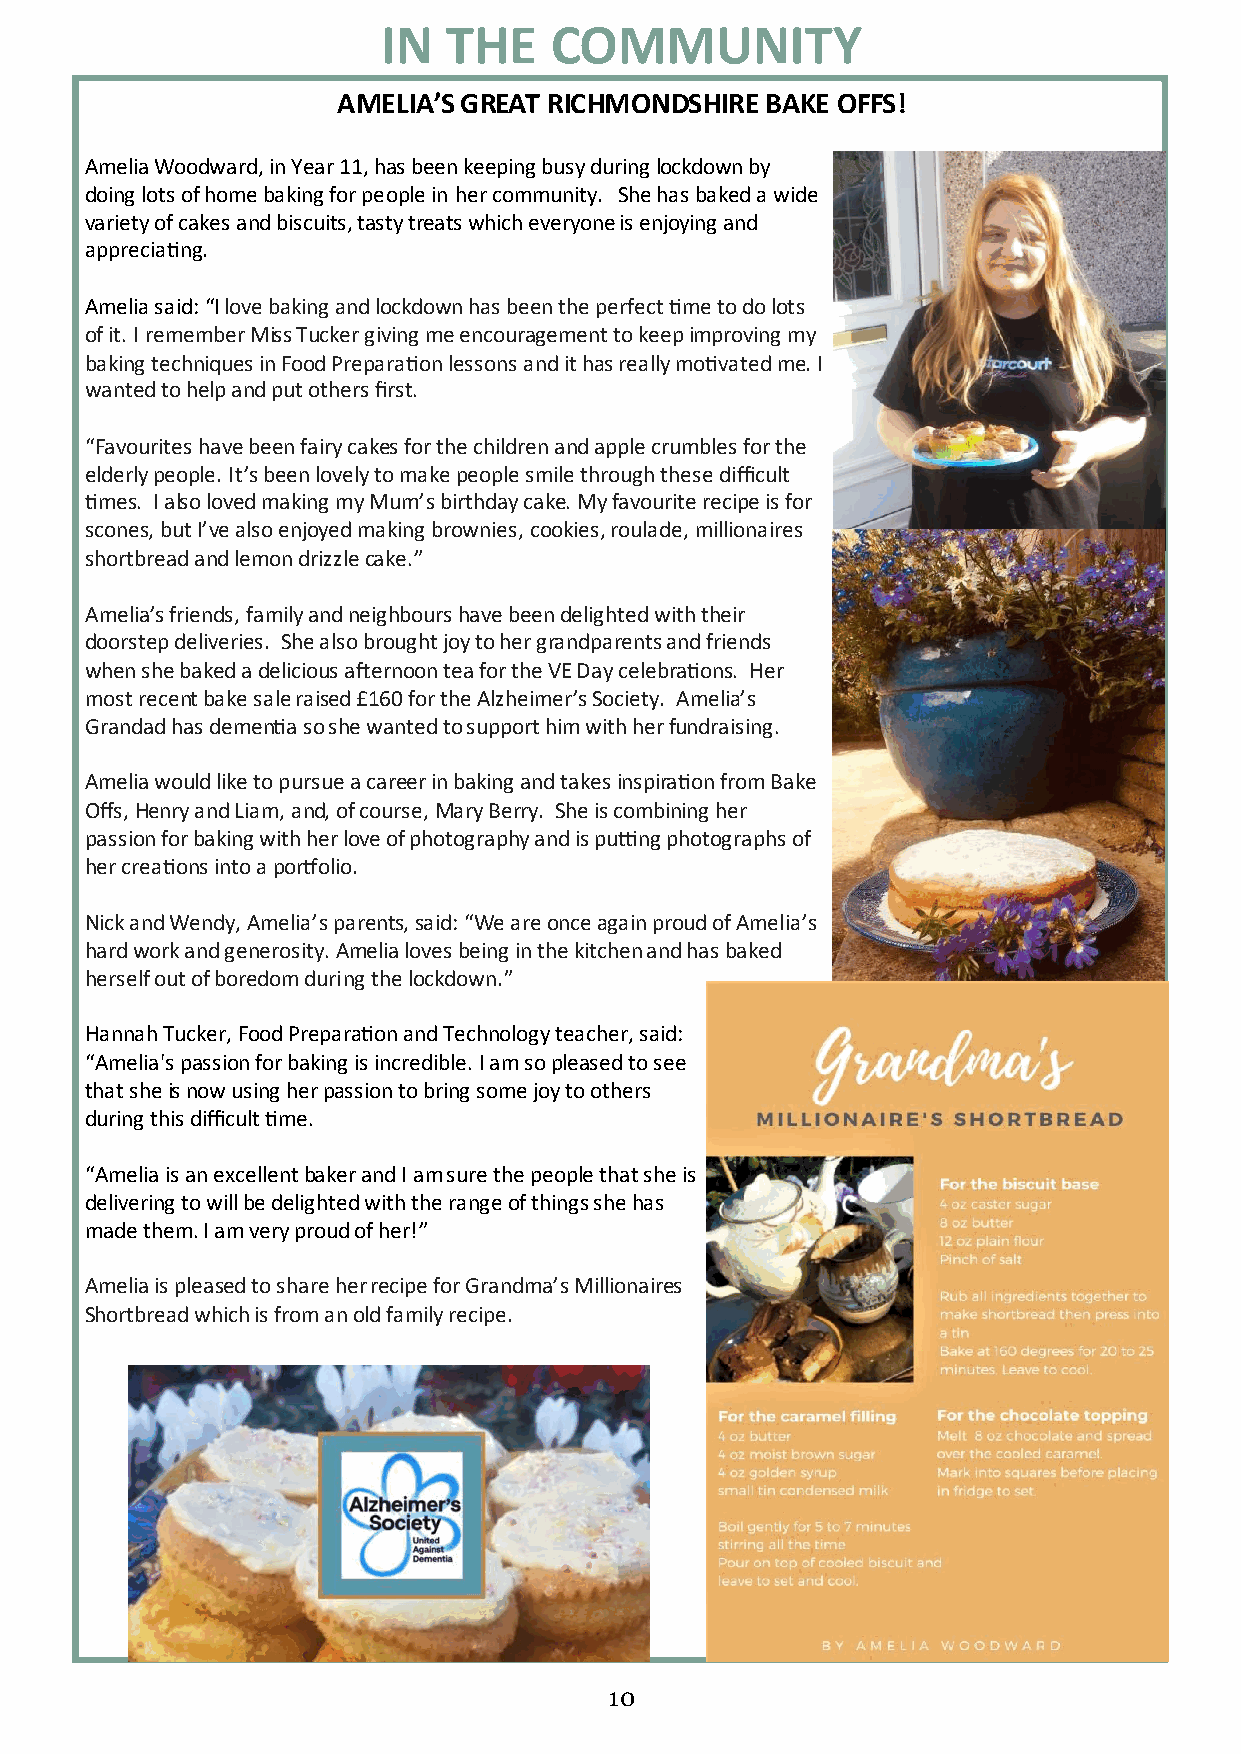
IN  THE    COMMUNITY
 10101010101010
 AMELIA’S GREAT RICHMONDSHIRE BAKE OFFS!
 Amelia Woodward, in Year 11, has been keeping busy during lockdown by
 doing lots of home baking for people in her community. She has baked a wide
 variety of cakes and biscuits, tasty treats which everyone is enjoying and
 appreciating.
 Amelia said: “I love baking and lockdown has been the perfect time to do lots
 of it. I remember Miss Tucker giving me encouragement to keep improving my
 baking techniques in Food Preparation lessons and it has really motivated me. I
 wanted to help and put others first.
 “Favourites have been fairy cakes for the children and apple crumbles for the
 elderly people. It’s been lovely to make people smile through these difficult
 times. I also loved making my Mum’s birthday cake. My favourite recipe is for
 scones, but I’ve also enjoyed making brownies, cookies, roulade, millionaires
 shortbread and lemon drizzle cake.”
 Amelia’s friends, family and neighbours have been delighted with their
 doorstep deliveries. She also brought joy to her grandparents and friends
 when she baked a delicious afternoon tea for the VE Day celebrations. Her
 most recent bake sale raised £160 for the Alzheimer’s Society. Amelia’s
 Grandad has dementia so she wanted to support him with her fundraising.
 Amelia would like to pursue a career in baking and takes inspiration from Bake
 Offs, Henry and Liam, and, of course, Mary Berry. She is combining her
 passion for baking with her love of photography and is putting photographs of
 her creations into a portfolio.
 Nick and Wendy, Amelia’s parents, said: “We are once again proud of Amelia’s
 hard work and generosity. Amelia loves being in the kitchen and has baked
 herself out of boredom during the lockdown.”
 Hannah Tucker, Food Preparation and Technology teacher, said:
 “Amelia's passion for baking is incredible. I am so pleased to see
 that she is now using her passion to bring some joy to others
 during this difficult time.
 “Amelia is an excellent baker and I am sure the people that she is
 delivering to will be delighted with the range of things she has
 made them. I am very proud of her!”
 Amelia is pleased to share her recipe for Grandma’s Millionaires
 Shortbread which is from an old family recipe.
 10